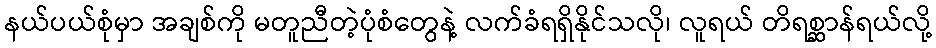
နယ်ပယ်စုံမှာ အချစ်ကို မတူညီတဲ့ပုံစံတွေနဲ့ လက်ခံရရှိနိုင်သလို၊ လူရယ် တိရစ္ဆာန်ရယ်လို့